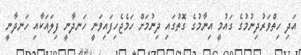
އަދި ހިތްވަރުދިނުމުގެ ގައުމީ އިނާމުގެ ގޮތުގައި ދިނުމަށް ހަމެޖެހިފައިވަނީ ހަނދާނީ ފިލައަކާއި ހަނދާނީ